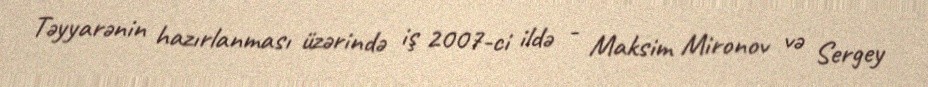
Təyyarənin hazırlanması üzərində iş 2007-ci ildə - Maksim Mironov və Sergey